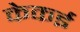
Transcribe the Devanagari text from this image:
केकई